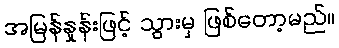
အမြန်နှုန်းဖြင့် သွားမှ ဖြစ်တော့မည်။